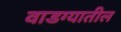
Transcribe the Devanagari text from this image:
वाडग्यातील